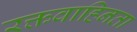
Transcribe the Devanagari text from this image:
रक्तवाहिनता